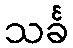
သင်္ခ